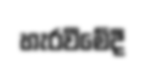
හැරවීමේදී